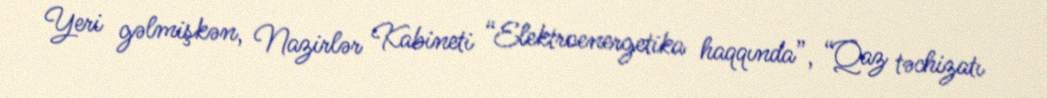
Yeri gəlmişkən, Nazirlər Kabineti “Elektroenergetika haqqında”, “Qaz təchizatı